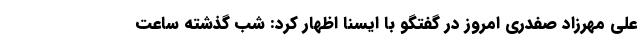
علی مهرزاد صفدری امروز در گفتگو با ایسنا اظهار کرد: شب گذشته ساعت